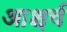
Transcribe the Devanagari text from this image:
आश्चर्च